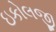
ઇકોલજી